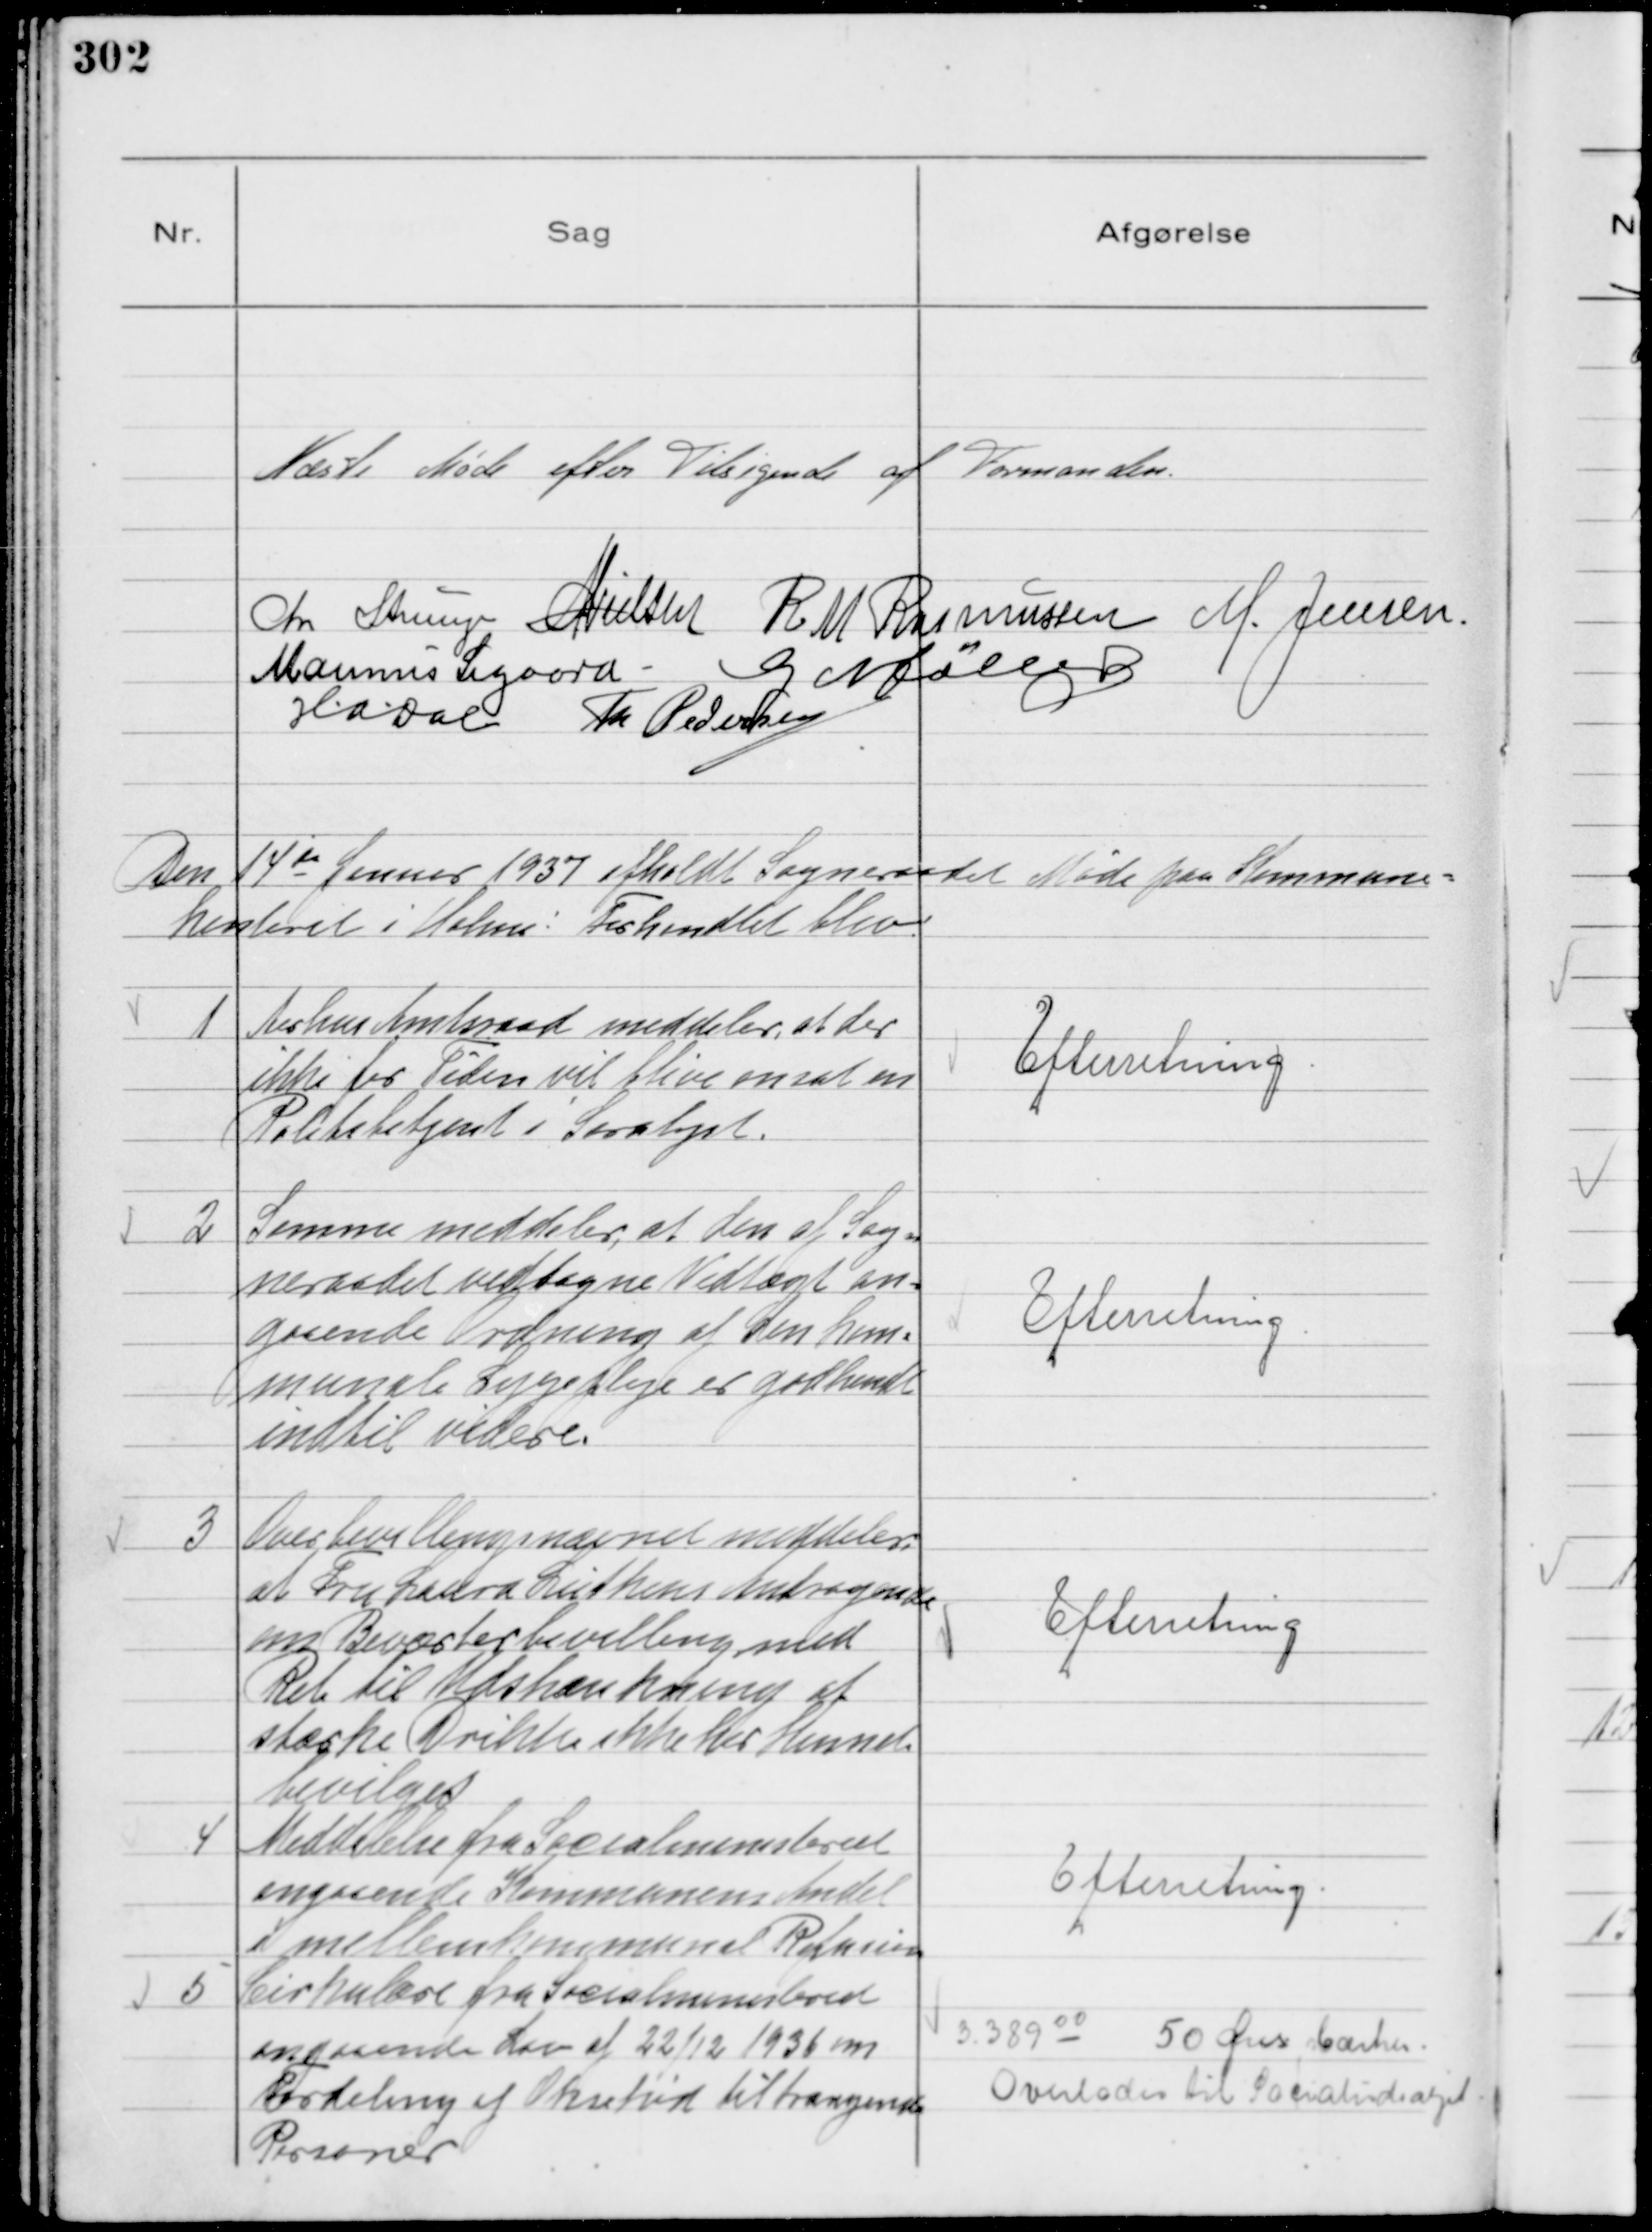
Transskription:
Næste Møde efter Tilsigende af Formanden.

Chr Strunge
N Nielsen
R M Rasmussen
M. Jensen.
Marinus Sigaard.
G Møller
H.a.dal
Th Pedersen

Den 14 de Januar 1937 afholdt Sogneraadet Møde paa Kommune=
kontoret i Holme: Forhandlet blev.

1
Aarhus Amtsraad meddeler, at der
ikke for Tiden vil blive ansat en
Politibetjent i Saralyst.

Efterretning.

2
Samme Meddeler, at den af Sog=
neraadet vedtagne Vedtægt an=
gaaende Ordning af den kom=
munale Sygepleje er godkendt
indtil videre.

Efterretning.

3
Overbevillingsnævnet meddeler,
at Fru Laura Luthens Andragende
om Beværterbevilling med
Ret til Udskænkning af
stærke Drikke ikke har kunnet
bevilges

Efterretning

4
Meddelelse fra Socialministeriet
angaaende Kommunens Andel
i mellemkommunal Refusion

Efterretning.

5
Cirkulære fra Socialministeriet
angaaende Lov af 22/12 1936 om
Fordeling af Oksekød til trængende
Personer

3.389 00
50 Øres Mærker.
Overlades til Socialudvalget.